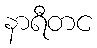
နာရီတင